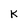
Character: K